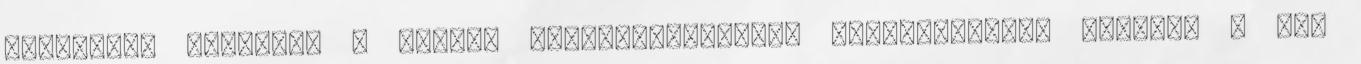
Kiemelten ügyeljen a termék rendeltetésszerű használatára, ugyanis a nem